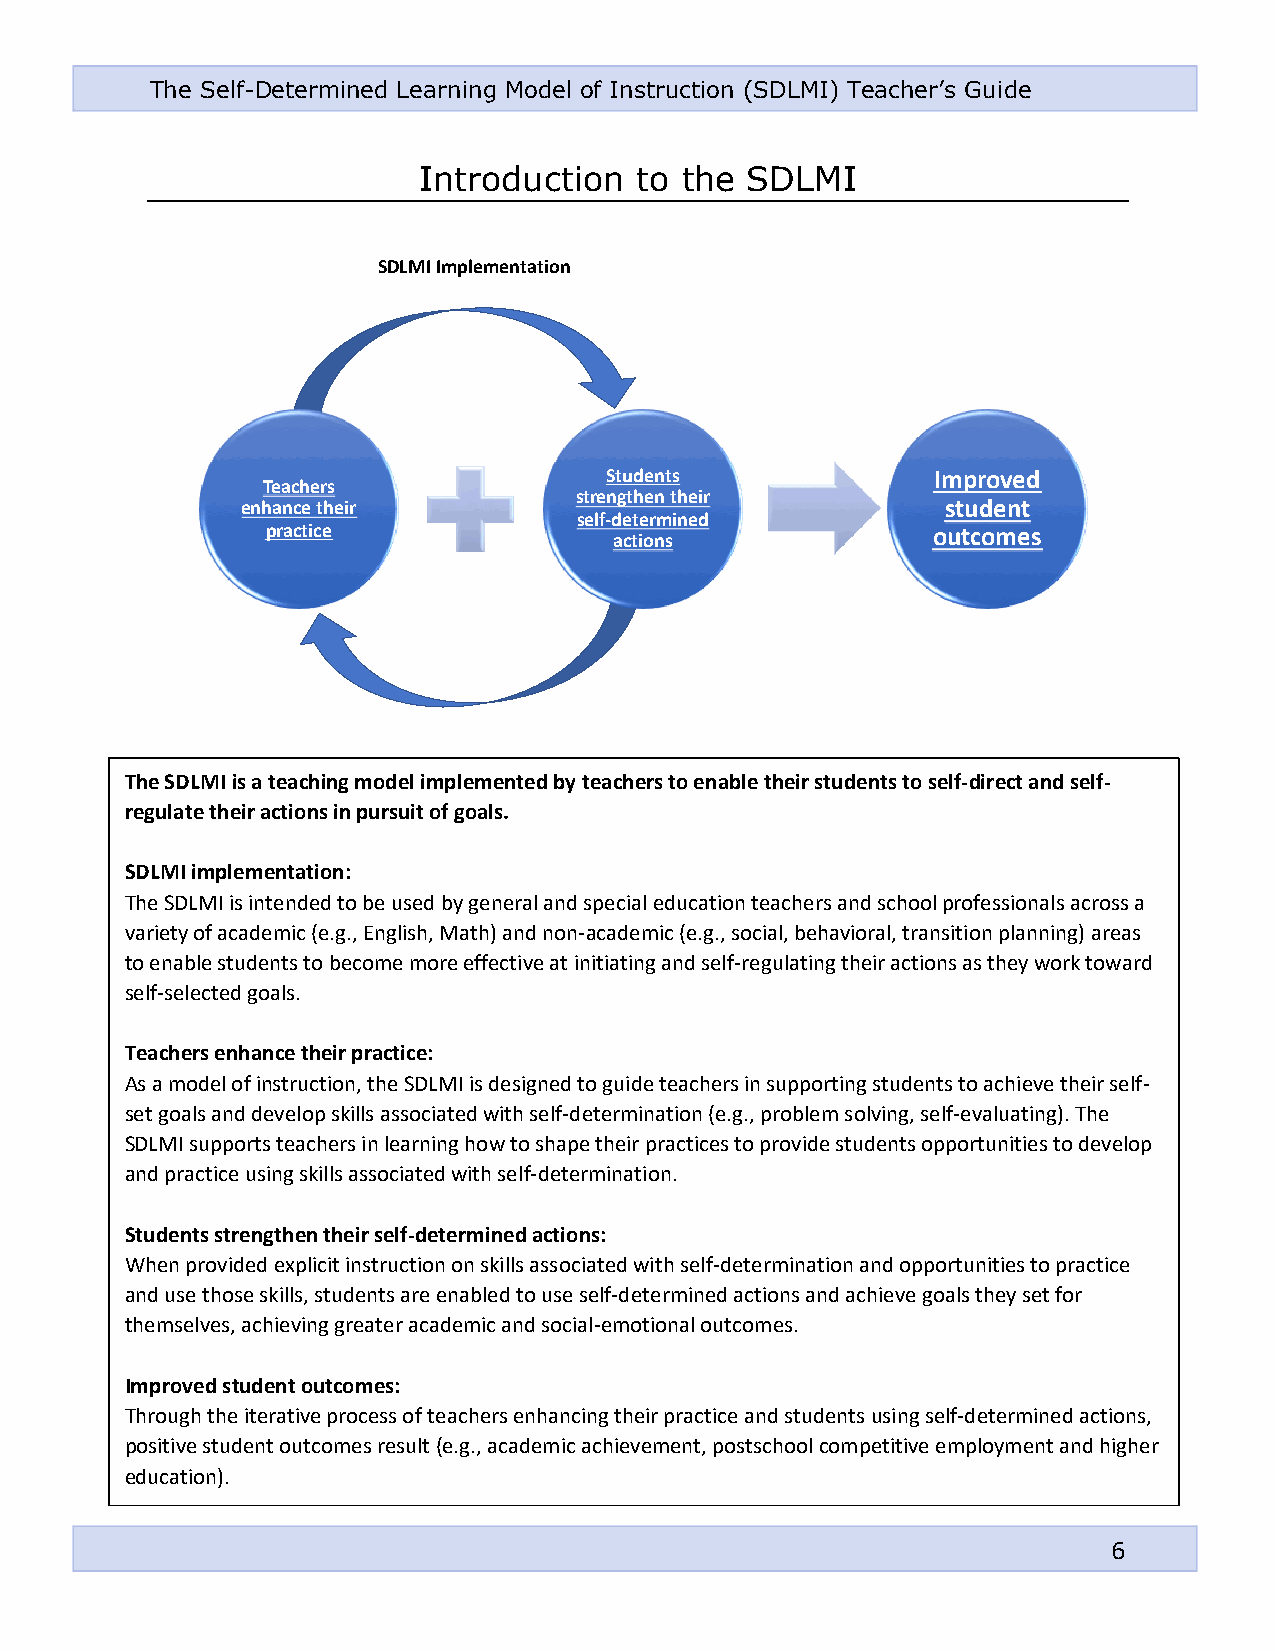
The Self-Determined Learning Model of Instruction (SDLMI) Teacher’s Guide
 Introduction  to the SDLMI
 The SDLMI is a teaching model implemented by teachers to enable their students to self-direct and self-
 regulate their actions in pursuit of goals.
 SDLMI implementation:
 The SDLMI is intended to be used by general and special education teachers and school professionals across a
 variety of academic (e.g., English, Math) and non-academic (e.g., social, behavioral, transition planning) areas
 to enable students to become more effective at initiating and self-regulating their actions as they work toward
 self-selected goals.
 Teachers enhance their practice:
 As a model of instruction, the SDLMI is designed to guide teachers in supporting students to achieve their self-
 set goals and develop skills associated with self-determination (e.g., problem solving, self-evaluating). The
 SDLMI supports teachers in learning how to shape their practices to provide students opportunities to develop
 and practice using skills associated with self-determination.
 Students strengthen their self-determined actions:
 When provided explicit instruction on skills associated with self-determination and opportunities to practice
 and use those skills, students are enabled to use self-determined actions and achieve goals they set for
 themselves, achieving greater academic and social-emotional outcomes.
 Improved student outcomes:
 Through the iterative process of teachers enhancing their practice and students using self-determined actions,
 positive student outcomes result (e.g., academic achievement, postschool competitive employment and higher
 education).
 6
 e n
 T e ah
 a np
 r a
 c hc
 ec
 t
 e r s
 t hic
 e
 e ir
 S D L M I Im p le m e n t a t io n
 ss
 S t u d e nt
 r e n g t h e ne
 lf-d e t e r ma
 c t io n
 t s
 t hins ee ird
 I
 o
 msu
 t
 put
 c
 r odo ve
 nm
 e dt
 e s